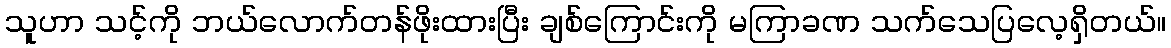
သူပာာ သင့်ကို ဘယ်လောက်တန်ဖိုးထားပြီး ချစ်ကြောင်းကို မကြာခဏ သက်သေပြလေ့ရှိတယ်။